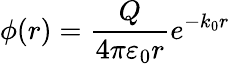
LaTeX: \phi(r)={\frac{Q}{4\pi\varepsilon_{0}r}}e^{-k_{0}r}